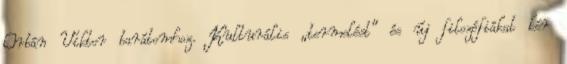
Orbán Viktor barátomhoz. Kulturális „termelést” és új filozófiákat kér